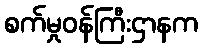
စက်မှုဝန်ကြီးဌာနက